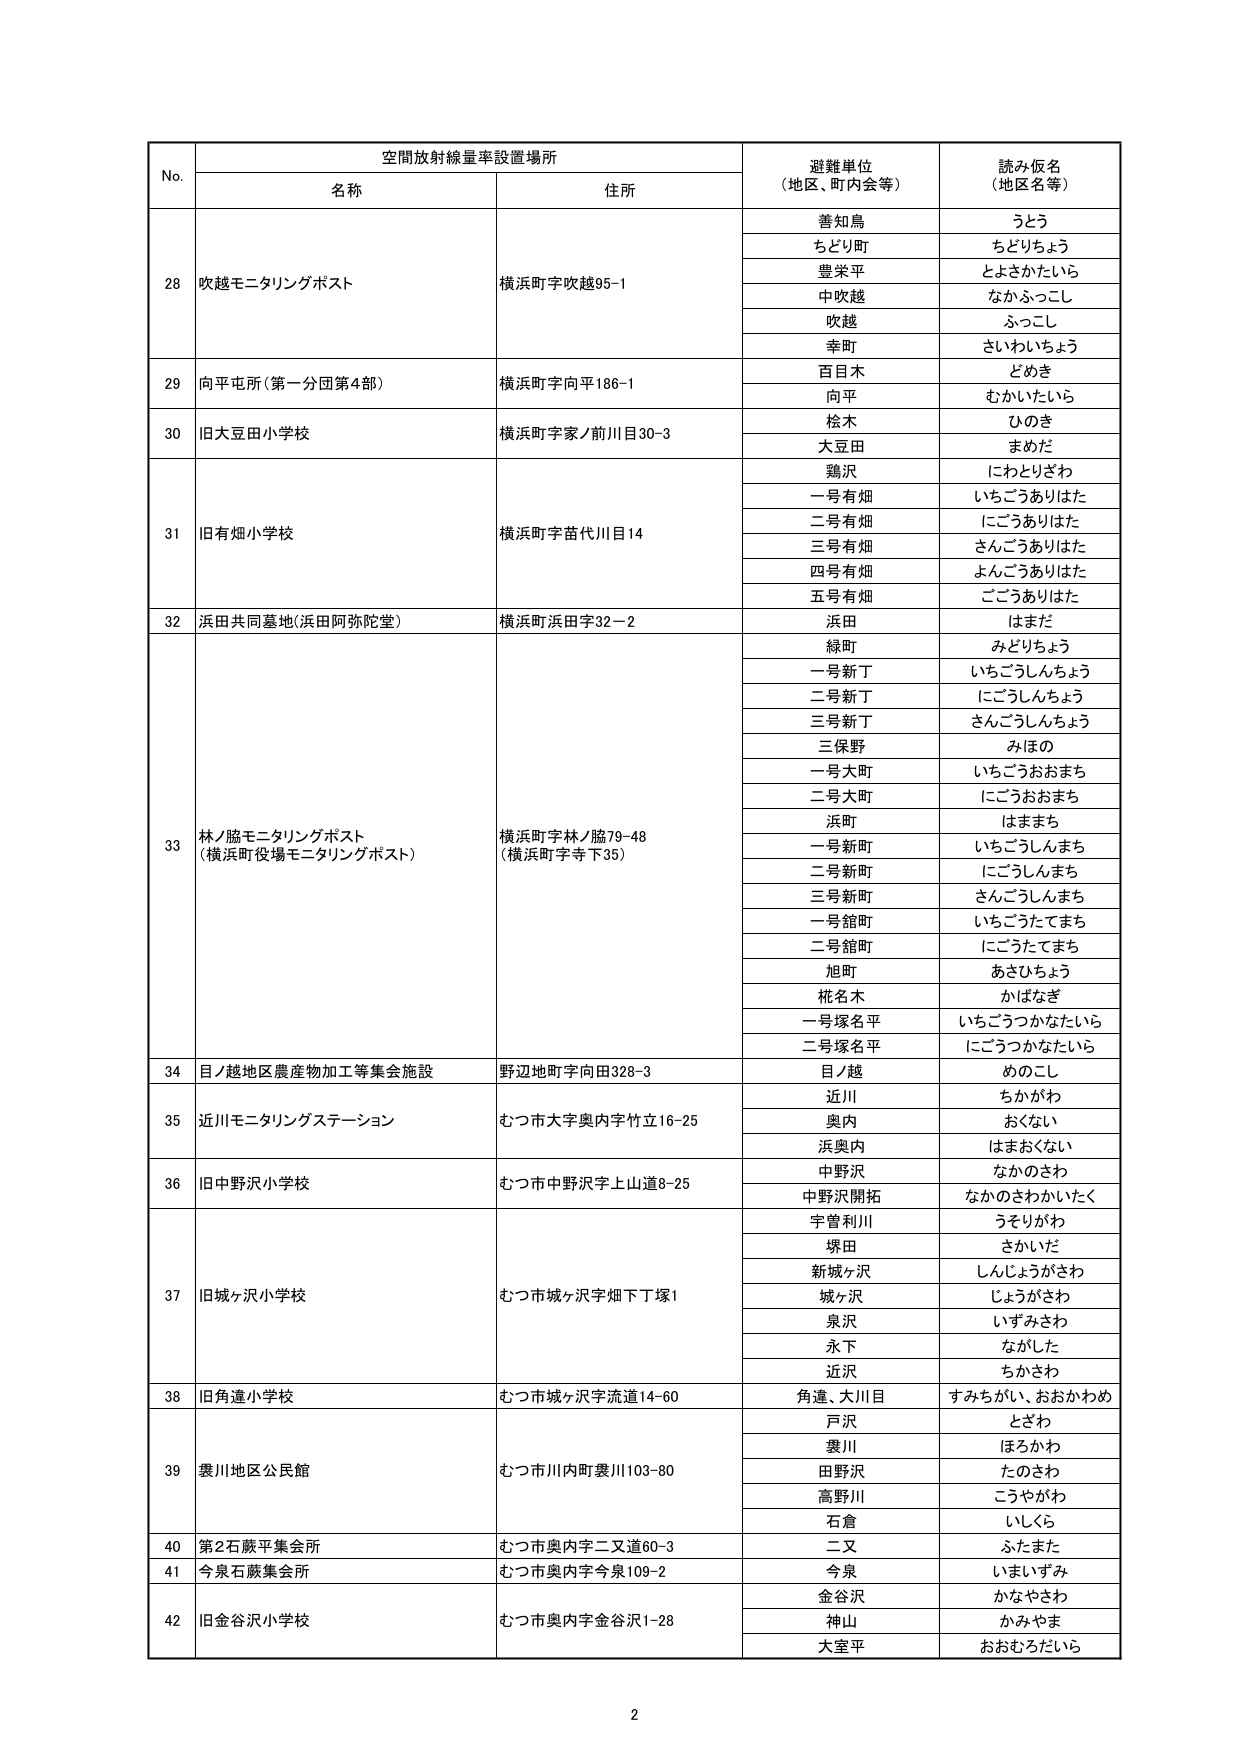
No. 空間放射線量率設置場所 避難単位（地区、町内会等） 読み仮名（地区名等）
名称 住所
28 吹越モニタリングポスト 横浜町字吹越95-1 善知鳥 うとう
ちどり町 ちどりちょう
豊栄平 とよさかたいら
中吹越 なかふっこし
吹越 ふっこし
幸町 さいわいちょう
29 向平屯所（第一分団第4部） 横浜町字向平186-1 百目木 どめき
向平 むかいたいら
30 旧大豆田小学校 横浜町字家ノ前川目30-3 桧木 ひのき
大豆田 まめだ
31 旧有畑小学校 横浜町字苗代川目14 鶏沢 にわとりざわ
一号有畑 いちごうありはた
二号有畑 にごうありはた
三号有畑 さんごうありはた
四号有畑 よんごうありはた
五号有畑 ごごうありはた
32 浜田共同墓地（浜田阿弥陀堂） 横浜町浜田字32-2 浜田 はまだ
33 林ノ脇モニタリングポスト （横浜町役場モニタリングポスト） 横浜町字林ノ脇79-48 （横浜町字寺下35） 緑町 みどりちょう
一号新丁 いちごうしんちょう
二号新丁 にごうしんちょう
三号新丁 さんごうしんちょう
三保野 みほの
一号大町 いちごうおおまち
二号大町 にごうおおまち
浜町 はままち
一号新町 いちごうしんまち
二号新町 にごうしんまち
三号新町 さんごうしんまち
一号舘町 いちごうたてまち
二号舘町 にごうたてまち
旭町 あさひちょう
桜名木 かばなぎ
一号塚名平 いちごうつかなたいら
二号塚名平 にごうつかなたいら
34 目ノ越地区農産物加工等集会施設 野辺地町字向田328-3 目ノ越 めのこし
35 近川モニタリングステーション むつ市大字奥内字竹立16-25 近川 ちかがわ
奥内 おくない
浜奥内 はまおくない
36 旧中野沢小学校 むつ市中野沢字上山道8-25 中野沢 なかのざわ
中野沢開拓 なかのさわかいたく
37 旧城ヶ沢小学校 むつ市城ヶ沢字畑下丁塚1 宇曽利川 うそりがわ
塚田 さかいだ
新城ヶ沢 しんじょうがさわ
城ヶ沢 じょうがさわ
泉沢 いずみさわ
永下 ながした
近沢 ちかさわ
38 旧角道小学校 むつ市城ヶ沢字流道14-60 角道、大川目 すみちがい、おおかわめ
39 裳川地区公民館 むつ市川内町裳川103-80 戸沢 とざわ
裳川 ほろかわ
田野沢 たのさわ
高野川 こうやがわ
石倉 いしくら
40 第2石蔵平集会所 むつ市奥内字二又道60-3 二又 ふたまた
41 今泉石蔵集会所 むつ市奥内字今泉109-2 今泉 いまいずみ
42 旧金谷沢小学校 むつ市奥内字金谷沢1-28 金谷沢 かなやさわ
神山 かみやま
大室平 おおむろたいら
2